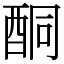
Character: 酮